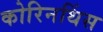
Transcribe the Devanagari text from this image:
कोरिनथिंस